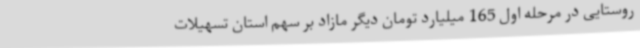
روستایی در مرحله اول 165 میلیارد تومان دیگر مازاد بر سهم استان تسهیلات